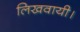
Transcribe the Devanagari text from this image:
लिखवायी।